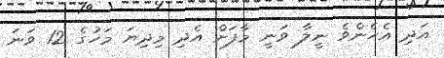
އަދި އެހެންވެ ނީލާ ވަނީ މާފަށް އެދި މިދިޔަ މަހުގެ 12 ވަނަ